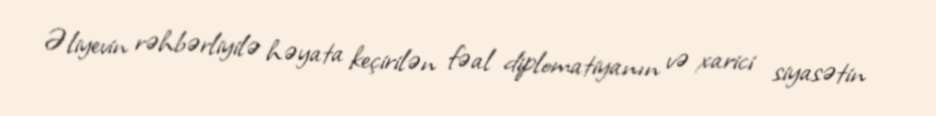
Əliyevin rəhbərliyilə həyata keçirilən fəal diplomatiyanın və xarici siyasətin